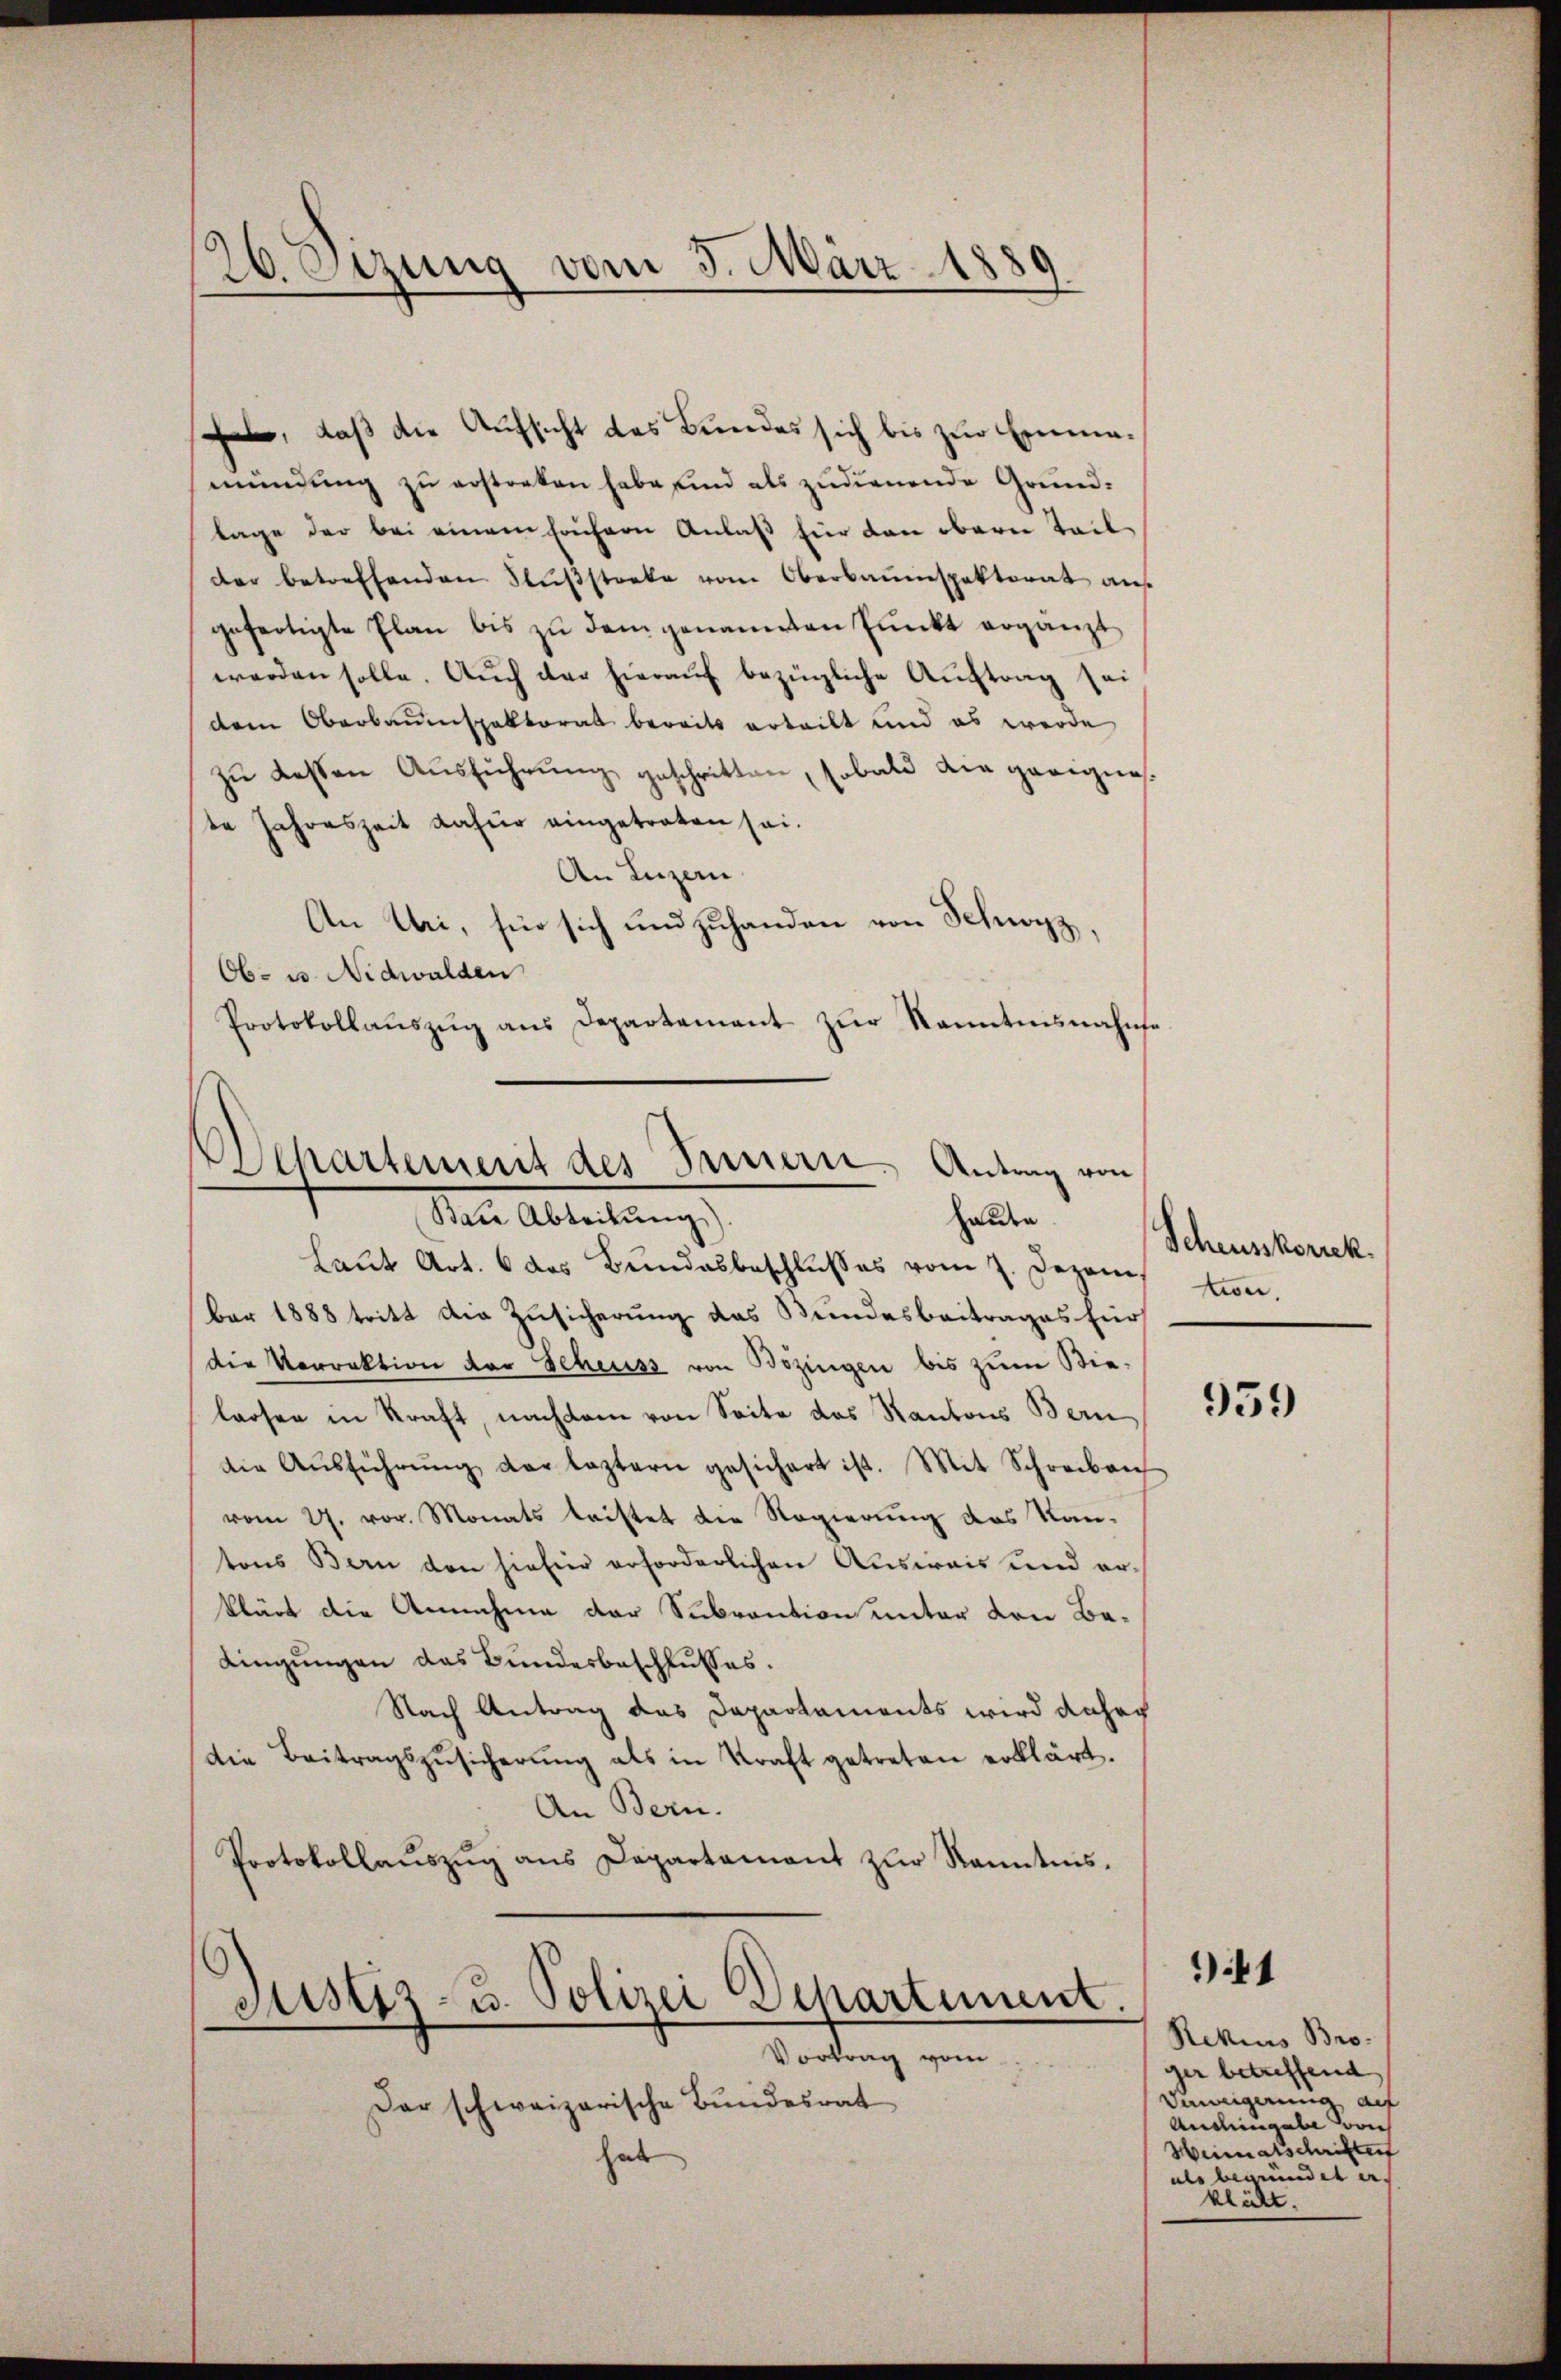
26. Sizung vom 3. März 1889

, daß die Aufsicht das Bundes sich bis zur Emmamündung zu erstorben habe sind als zudienende Grundlage der bei einem fachern Anlaß für den oberen Teil
der betreffenden Flußstarke vom Oberbauenspektorat auf
gefertigte Plan bis zu dem genannten Punkt ergänzt
werden solle. Auch der hieraŭf bezügliche Auftrag sei
dem Oberbauenspektorat bereits erteilt und es werde
zŭ dessen Aŭsführŭng geschritten, sobald die geeignete Jahreszeit dafür eingetreten sei.
An Luzern
An Uri, für sich und zuhanden von Schwyz,
Ob- u. Nidwalden
Protokollaŭszŭg ans Departement zŭr Kenntnisnahme
Laŭt Art. 6 des Bŭndesbeschlŭsses vom 7. Dezem von
ber 1888 tritt die Zusicherung das Bundesbeitrages für
die Vorrektion der Scheuss von Bozingen bis zum Bie-
loosen in Kraft, nachdem von Seite das Kantons Bern
die Aŭsführŭng der leztern gesichert ist. Mit Schreiben
vom 27. vor. Monats leistet die Regierung das Kantons Bern den hiefür erforderlichen Ausweis und erklärt die Annahme der Subvention unter den Be¬
Lingungen das Bundesbeschlusses.
Nach Antrag das Departaments wird daher
die Beitragszŭsicherŭng als in Kraft getreten erklärt.
An Bern.
Protokollaŭszŭg ans Departament zŭr Kenntnis.

Alhartemerit des Innern. Antrag von
Baue Abteilung).
Handen

Justiz- u. Polizei Departement.
Vortrag vom

Der schweizerische Bundesrat
hab

Scheusskorrek

959

Rekius Bro-
ger betreffend
Daweigerung auf
Aushingel von
Heimatschriften
als begründet er
klilt.

141